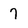
Character: 7